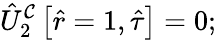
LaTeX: \hat{U}_{2}^{\mathcal{C}}\left[\hat{r}=1,\hat{\tau}\right]=0;